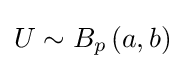
U\sim B_{p}\left(a,b\right)